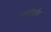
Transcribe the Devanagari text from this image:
मगरीपर्यंत